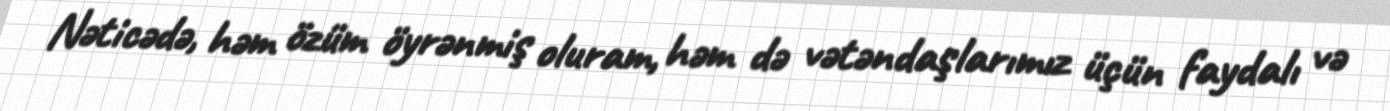
Nəticədə, həm özüm öyrənmiş oluram, həm də vətəndaşlarımız üçün faydalı və